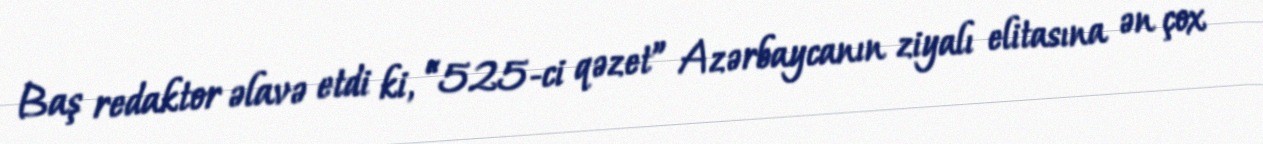
Baş redaktor əlavə etdi ki, “525-ci qəzet” Azərbaycanın ziyalı elitasına ən çox